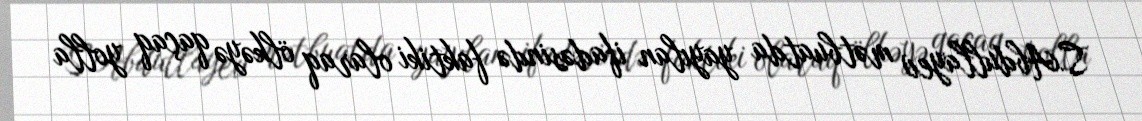
S.Abdullayev mətbuatda yayılan ifadəsində faktiki olaraq ölkəyə qaçaq yolla